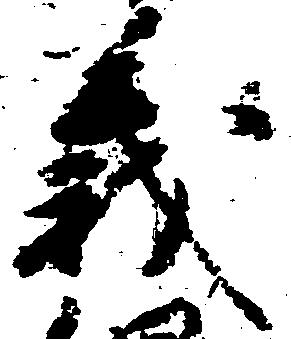
義